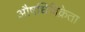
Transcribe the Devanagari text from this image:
औषधिविक्रेता